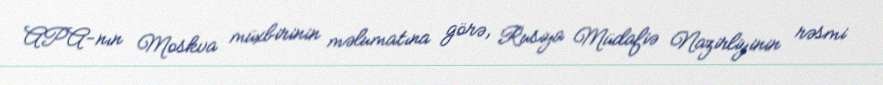
APA-nın Moskva müxbirinin məlumatına görə, Rusiya Müdafiə Nazirliyinin rəsmi